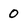
Character: 0